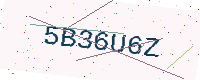
Text: 5B36U6Z